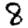
Digit: 8